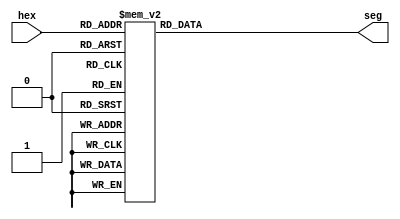
module hex2seg(
    input [3:0] hex, 
    output reg [6:0] seg
);

    always @(*)
    begin				
        case (hex)
            4'h0:
                seg <= 7'b1111110;
            4'h1:
                seg <= 7'b0110000;
            4'h2:
                seg <= 7'b1101101;
            4'h3:
                seg <= 7'b1111001;
            4'h4:
                seg <= 7'b0110011;
            4'h5:
                seg <= 7'b1011011;
            4'h6:
                seg <= 7'b1011111;
            4'h7:
                seg <= 7'b1110000;
            4'h8:
                seg <= 7'b1111111;
            4'h9:
                seg <= 7'b1110011;
            4'hA:
                seg <= 7'b1110111;
            4'hB:
                seg <= 7'b0011111;
            4'hC:
                seg <= 7'b1001110;
            4'hD:
                seg <= 7'b0111101;
            4'hE:
                seg <= 7'b1001111;
            4'hF:
                seg <= 7'b1000111;
            default:
                seg <= 7'b1111111;
        endcase
    end

endmodule